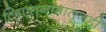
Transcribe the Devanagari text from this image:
व्हिएतनामातूनही